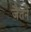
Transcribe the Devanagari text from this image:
जैतने